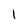
Character: 1